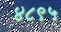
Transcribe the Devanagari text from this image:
४८९५